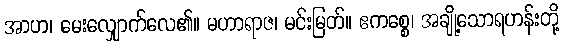
အာဟ၊ မေးလျှောက်လေ၏။ မဟာရာဇ၊ မင်းမြတ်။ ဧကစ္စေ၊ အချို့သောရဟန်းတို့